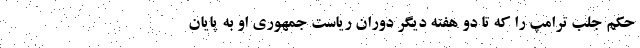
حکم جلب ترامپ را که تا دو هفته دیگر دوران ریاست جمهوری او به پایان